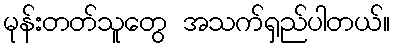
မုန်းတတ်သူတွေ အသက်ရှည်ပါတယ်။